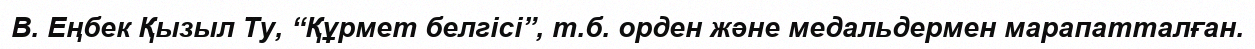
В. Еңбек Қызыл Ту, “Құрмет белгісі”, т.б. орден және медальдермен марапатталған.